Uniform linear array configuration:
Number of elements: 16
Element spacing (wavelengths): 0.75
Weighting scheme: hamming
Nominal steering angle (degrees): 60
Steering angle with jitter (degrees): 58.304
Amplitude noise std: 0.05
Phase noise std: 0.05

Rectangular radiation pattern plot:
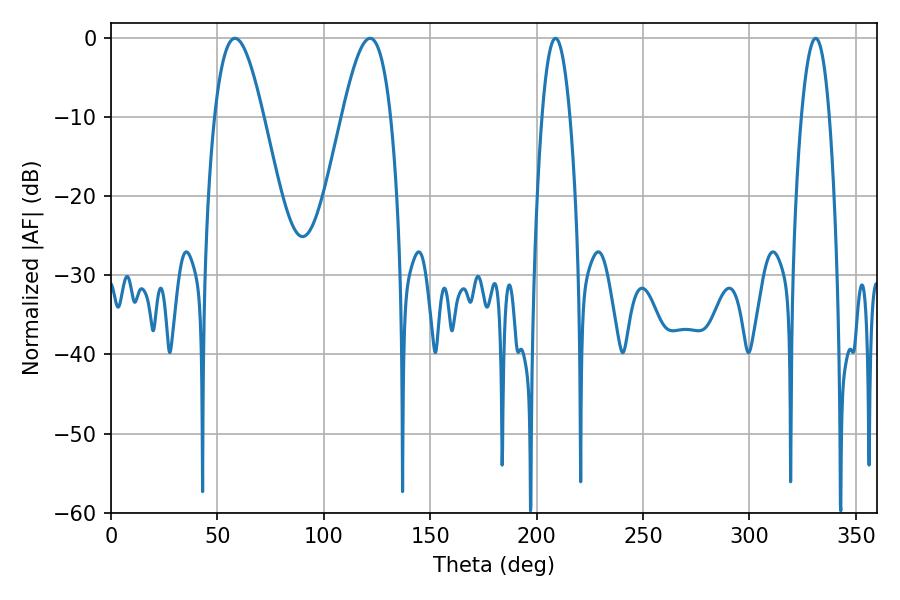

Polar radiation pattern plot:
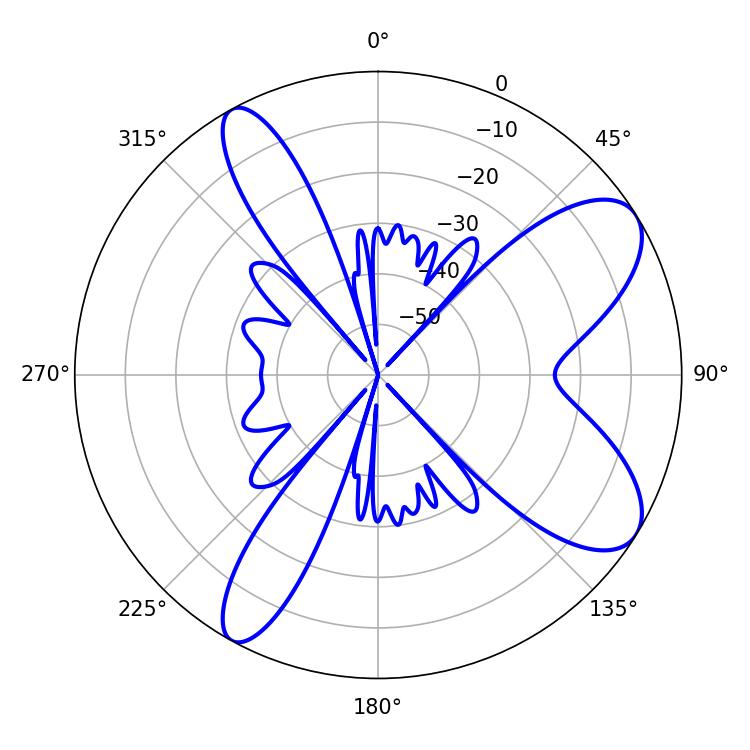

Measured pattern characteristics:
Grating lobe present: TRUE
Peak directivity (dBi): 8.63
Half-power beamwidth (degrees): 12.42
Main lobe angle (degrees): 58.32